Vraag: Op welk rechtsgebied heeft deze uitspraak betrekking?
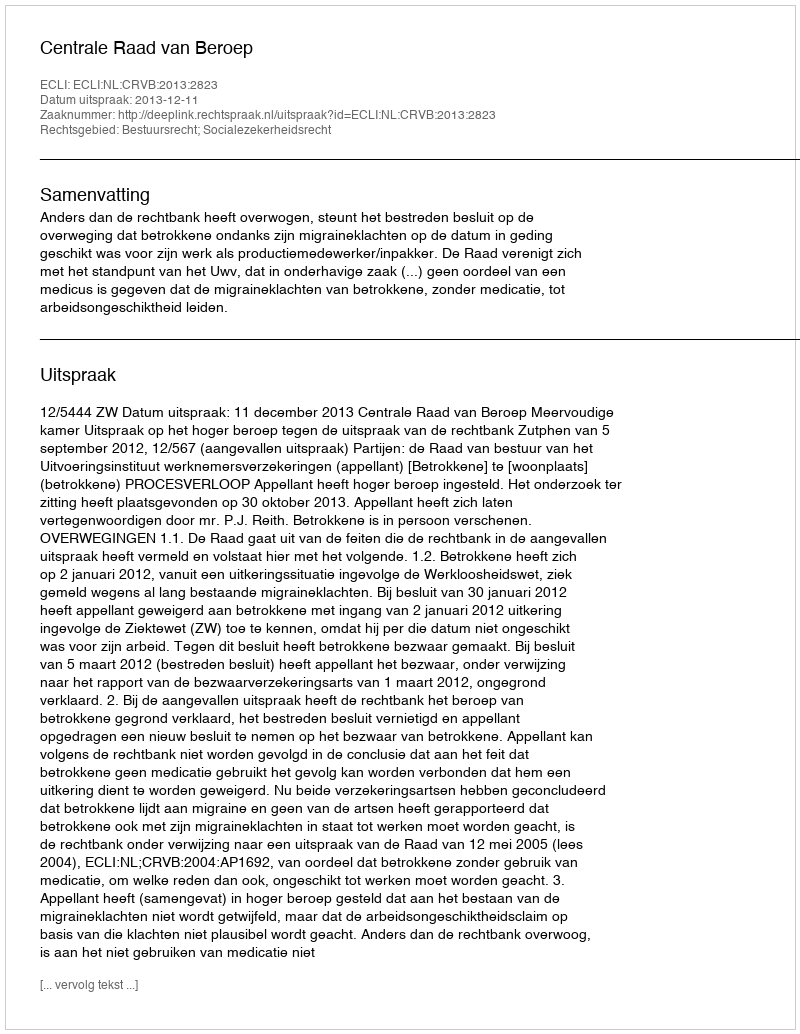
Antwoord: Bestuursrecht; Socialezekerheidsrecht